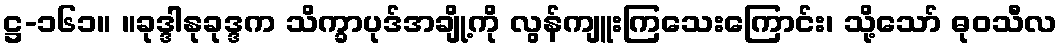
ဋ္ဌ-၁၆၁။ ။ခုဒ္ဒါနုခုဒ္ဒက သိက္ခာပုဒ်အချို့ကို လွန်ကျူးကြသေးကြောင်း၊ သို့သော် ဓုဝသီလ